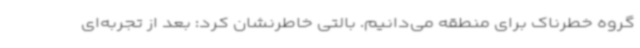
گروه خطرناک برای منطقه می‌دانیم. بالتی خاطرنشان کرد: بعد از تجربه‌ای